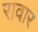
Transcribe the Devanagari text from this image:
रावार